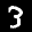
Label: 3